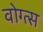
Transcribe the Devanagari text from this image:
वोग्त्स